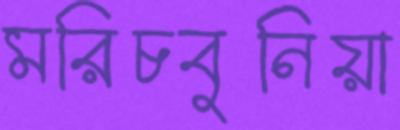
মরিচবুনিয়া